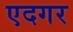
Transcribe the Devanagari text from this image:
एदगर